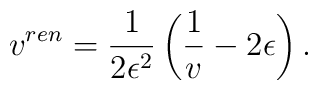
v^{ren} = \frac{1}{2 \epsilon^2}\left( \frac{1}{v} - 2 \epsilon \right).